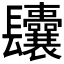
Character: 𨳆